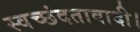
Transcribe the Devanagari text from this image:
स्वच्छंदतावादी।